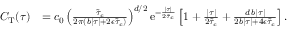
\begin{array} { r l } { C _ { \mathrm { T } } ( \tau ) } & { = c _ { 0 } \left( \frac { \tilde { \tau } _ { c } } { 2 \pi \left( b \lvert \tau \rvert + 2 \epsilon \tilde { \tau } _ { c } \right) } \right) ^ { d / 2 } \mathrm { e } ^ { - \frac { \lvert \tau \rvert } { 2 \tilde { \tau } _ { c } } } \left[ 1 + \frac { \lvert \tau \rvert } { 2 \tilde { \tau } _ { c } } + \frac { d \, b \lvert \tau \rvert } { 2 b \lvert \tau \rvert + 4 \epsilon \tilde { \tau } _ { c } } \right] . } \end{array}